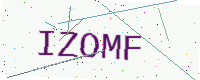
Text: IZOMF